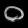
Digit: ၀